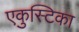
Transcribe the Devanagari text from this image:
एकुस्टिका